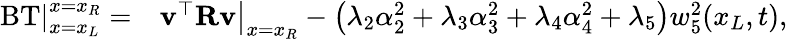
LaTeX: \begin{array}{rl}{\left.\operatorname{BT}\right|_{x=x_{L}}^{x=x_{R}}=}&{\left.\mathbf{v}^{\top}\mathbf{R}\mathbf{v}\right|_{x=x_{R}}-\left(\lambda_{2}\alpha_{2}^{2}+\lambda_{3}\alpha_{3}^{2}+\lambda_{4}\alpha_{4}^{2}+\lambda_{5}\right)w_{5}^{2}(x_{L},t),}\end{array}